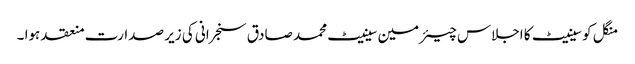
منگل کو سینیٹ کا اجلاس چیئرمین سینیٹ محمد صادق سنجرانی کی زیر صدارت منعقد ہوا ۔